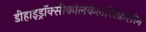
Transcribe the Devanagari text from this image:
डीहाइड्रॉक्सीकोलेकैलसिफ़ेरॉल